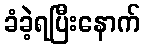
ခံခဲ့ရပြီးနောက်